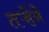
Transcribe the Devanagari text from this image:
तऱ्हेंने